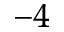
^ { - 4 }